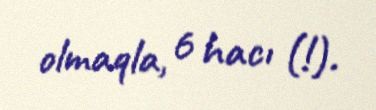
olmaqla, 6 hacı (!).